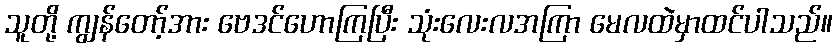
သူတို့ ကျွန်တော့်အား ဗေဒင်ဟောကြပြီး သုံးလေးလအကြာ မေလထဲမှာထင်ပါသည်။